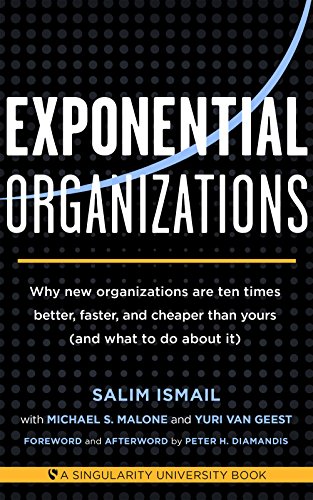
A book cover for Exponential Organizations: Why new organizations are ten times better, faster, and cheaper than yours (and what to do about it); Salim Ismail; Business & Money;